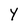
Character: Y